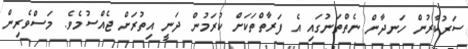
ސަރުކާރުން ހަނދާން ނެތްތަނުގައި އެ ފަރާތްތަކަށް ކުރަމުން ދަނީ އިތުރަށް ޖެއްސުމެވެ. މަސްވެރިން